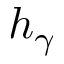
h _ { \gamma }